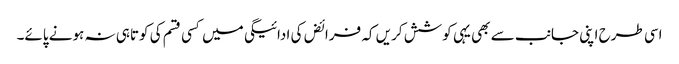
اسی طرح اپنی جانب سے بھی یہی کوشش کریں کہ فرائض کی ادائیگی میں کسی قسم کی کوتاہی نہ ہونے پائے۔